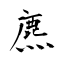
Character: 麃